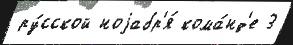
ру́сской ноjабр'я́ кома́нд'е 3